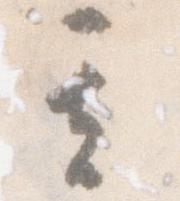
其